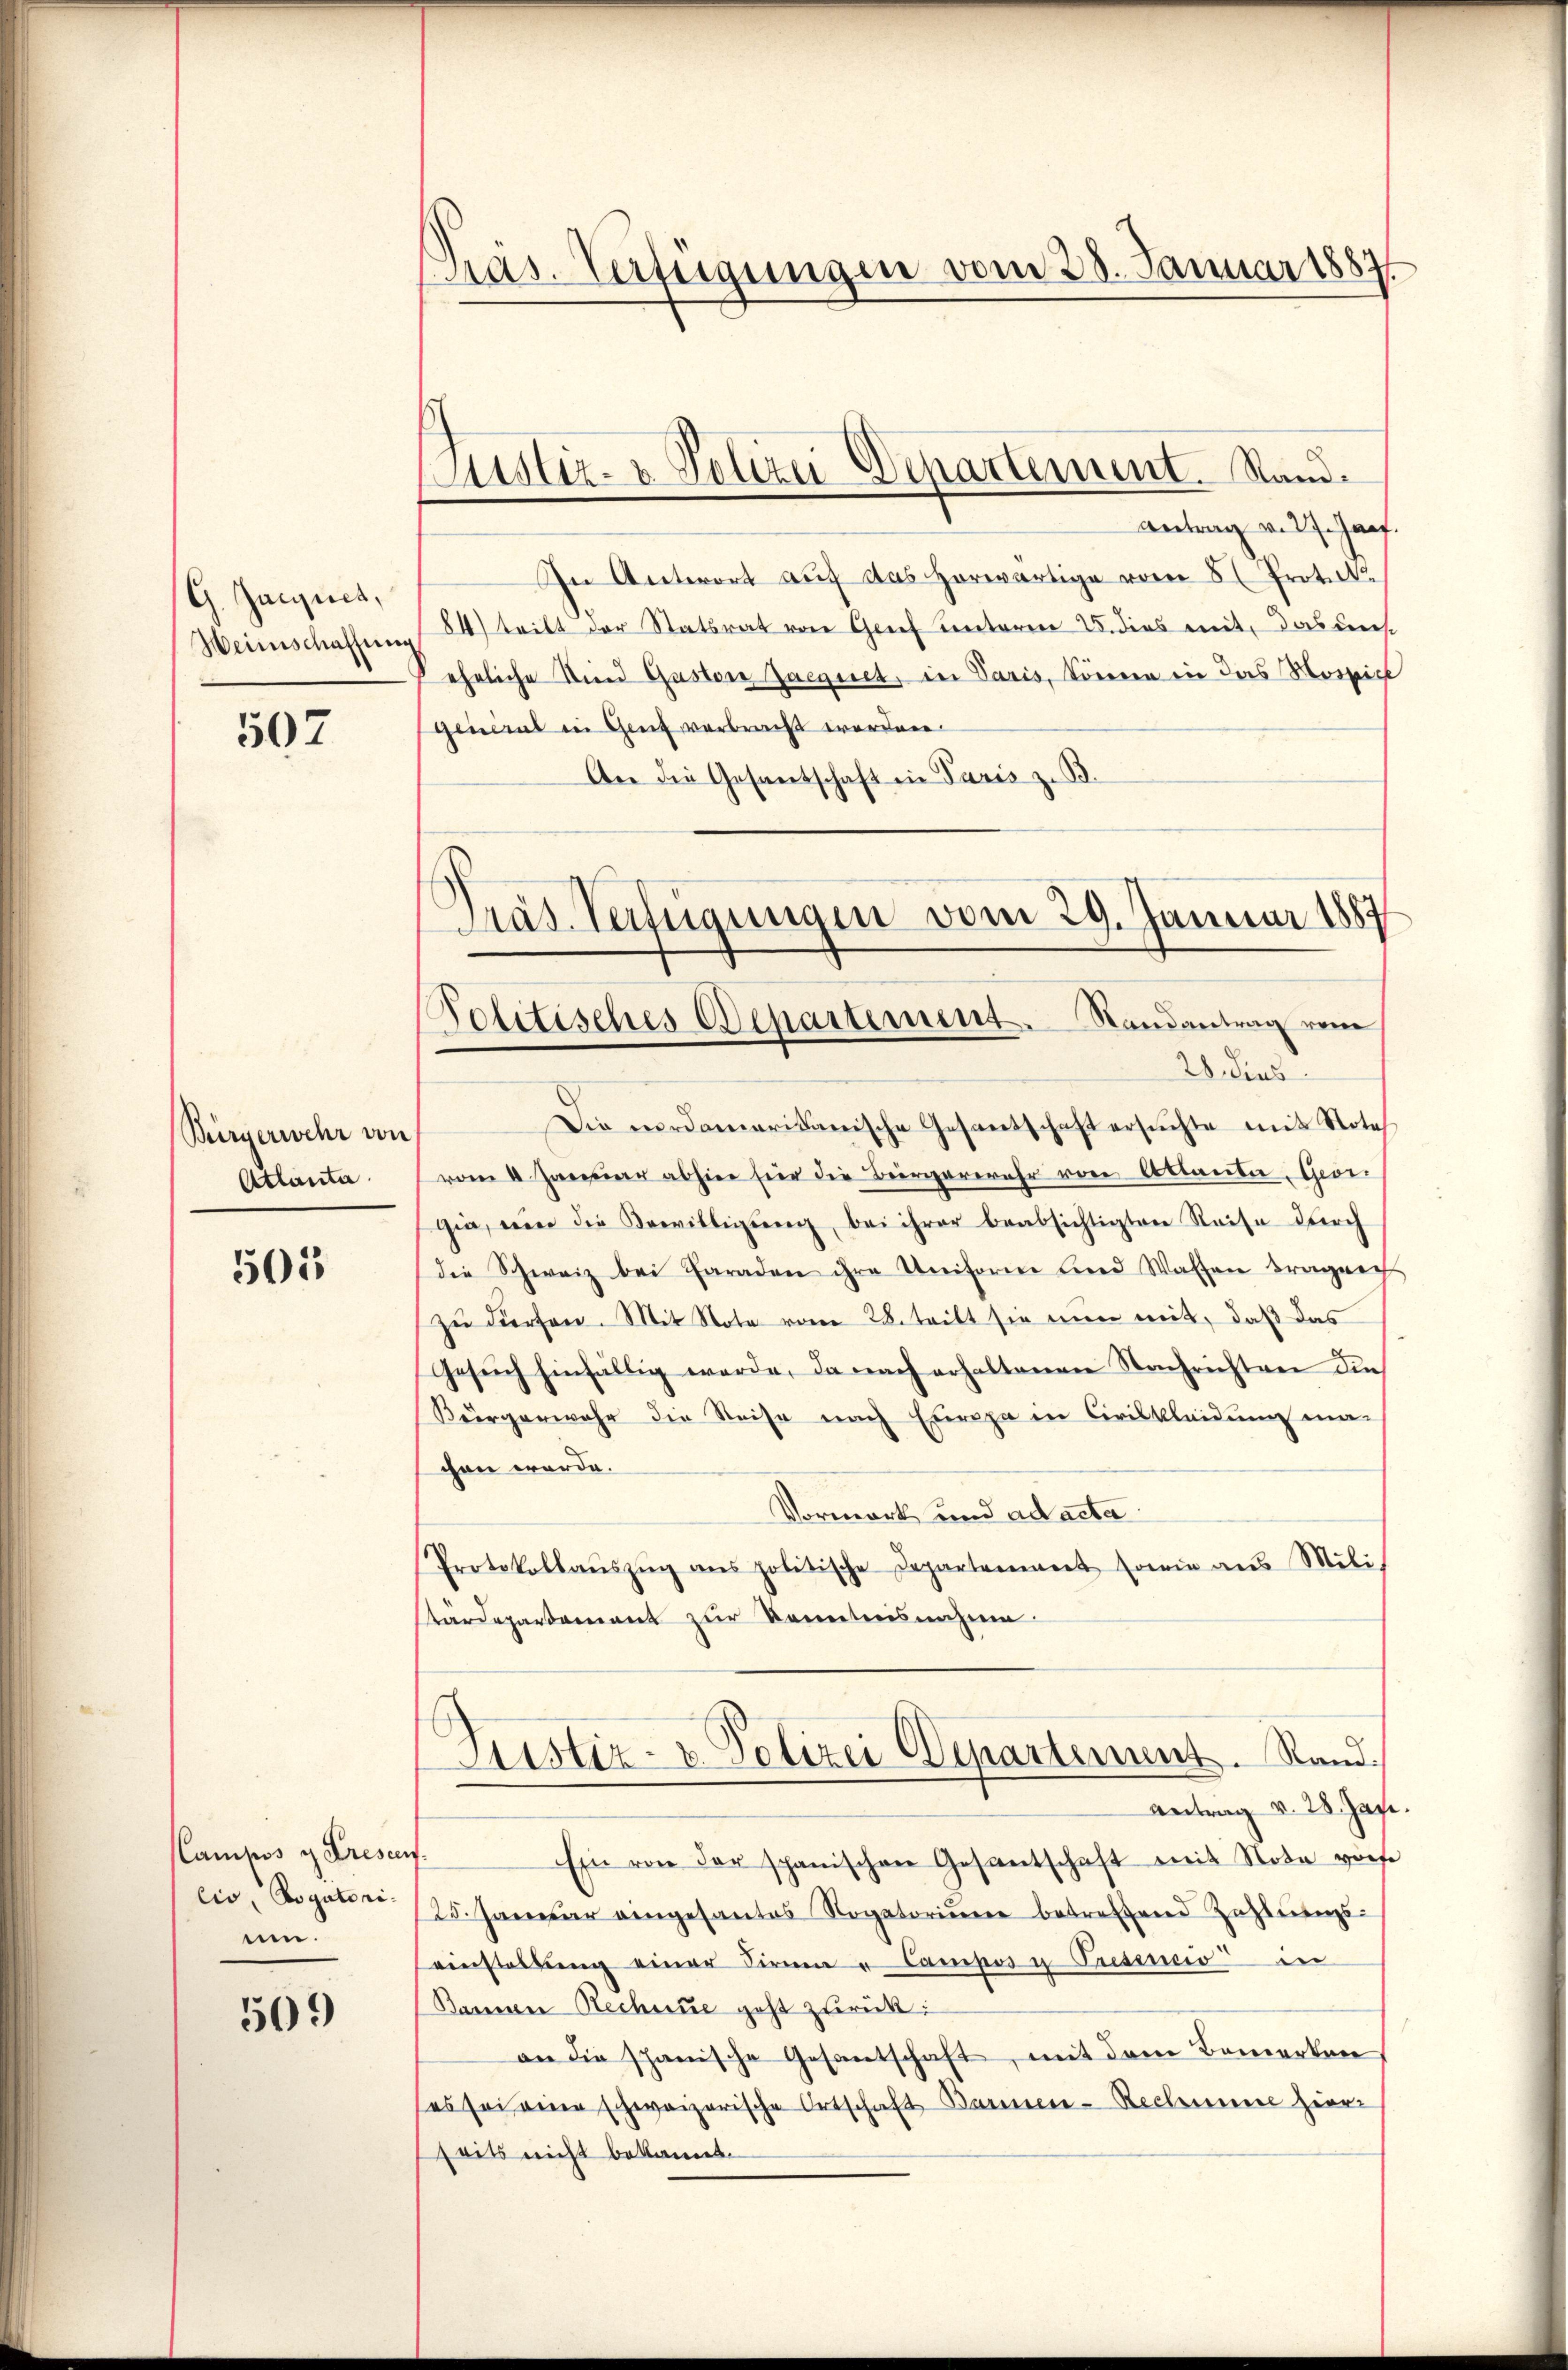
G. Jacques,
Weinschaffung

502

Bürgerwehr von
Atlanta

505

Canlos g Cresen.
cio Rogatori-
uen.

509

as-Verfügungen vom 28. Januar 1887

Justiz- & Polizei Departement. Stand.

Antrag v. 27. Janf.
In Antwort auf das Horwärtige vom 5. Protok
84) tritt der Statsrat von Grief unterm 25. dies mit, das diese
ehrliche Kind Gastor Jaegeret, in Paris, können in das Morsich
General in Genf verbracht worden.
An die Gesantschaft in Paris z. B.
Präs. Verfügungen vom 29. Januar 1887

Politisches Departement. Randantrag vom
20 des

Die nordamerikanische Gesantschaft ersuchte mit Note
vom 4. Januar abhier für die Bergermehr von Ablauder, Geor
gia, wie die Bewilligung, bei ihrer beabsichtigten Reise durch
die Schweiz bei Paraden ihre Uniforme und Walten Tragner
zŭ dürfen. Mit Note vom 28. teilt sie nun mit, daß das
Gesŭch hinfällig werde, da nach erhaltenen Nachrichten die
Bürgerwahr die Reise nach Europa in Civilkleidung machen werde.
Vormerk und ad acta
Protokollaŭszŭg ans politische Departement sowie aŭs Mili
tärdepartement zur Kenntnisnahme.
Sistiz- & Polizei Departement. Rand
Antrag v. 28. Jan
Ein von der spanischen Gesantschaft mit Nota vorhe
25. Januar angesantes Rogatoriŭm betreffend Zahlungs-
einstallŭng einer Firmen u Campor u Trsenio in
Bannen Rechnue geht zurück:
an die schanische Gesantschaft, mit dem Bemerken
(es sei eine schweizerische Ortschaft Bannen-Reclamine hieri
seits nicht bekannt.